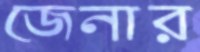
জেনার